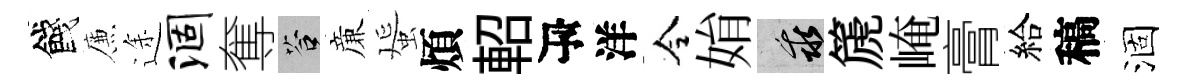
餞簾途涸奪答亷蜑煩軺瓴洋令姢乖篪崦膏給稿涸